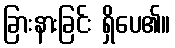
ခြားနားခြင်း ရှိပေ၏။